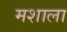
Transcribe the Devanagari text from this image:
मशाला